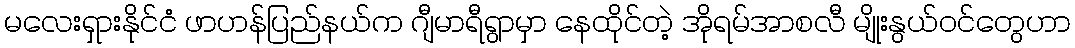
မလေးရှားနိုင်ငံ ဖာဟန်ပြည်နယ်က ဂျီမာရီရွာမှာ နေထိုင်တဲ့ အိုရမ်အာစလီ မျိုးနွယ်ဝင်တွေဟာ